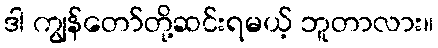
ဒါ ကျွန်တော်တို့ဆင်းရမယ့် ဘူတာလား။